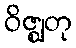
ဝိဇ္ဈတု